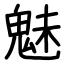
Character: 魅